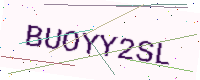
Text: BUOYY2SL